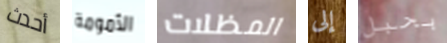
أحدث الأمومة المظلات إلى بحبل